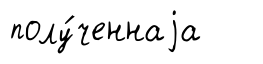
полу́ченнаjа